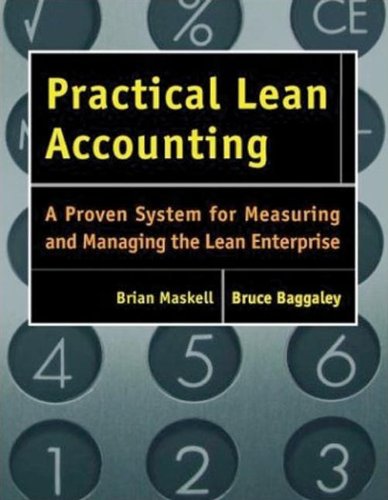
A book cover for Practical Lean Accounting: A Proven System for Measuring and Managing the Lean Enterprise; Brian H. Maskell; Business & Money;